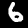
Label: 6